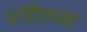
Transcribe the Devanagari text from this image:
एग्निलक्स